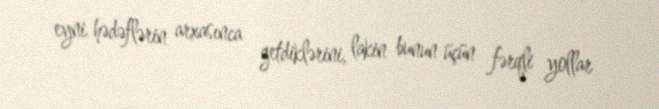
eyni hədəflərin arxasınca getdiklərini, lakin bunun üçün fərqli yollar